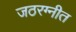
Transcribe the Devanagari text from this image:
जठरग्नीत